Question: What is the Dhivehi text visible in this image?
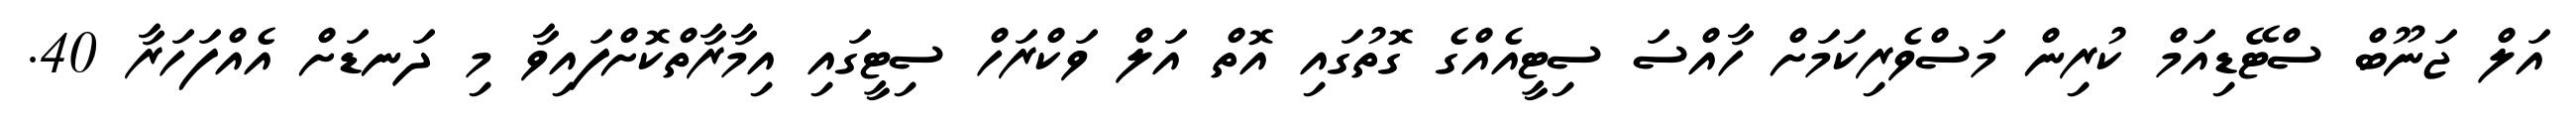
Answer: އަލް ޖަނޫބް ސްޓޭޑިއަމް ކުރިން މަސްވެރިކަމަށް ހާއްސަ ސިޓީއެއްގެ ގޮތުގައި އޮތް އަލް ވަކްރަހް ސިޓީގައި އިމާރާތްކޮށްފައިވާ މި ދަނޑަށް އެއްފަހަރާ 40.